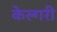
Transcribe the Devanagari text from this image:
केल्गरी